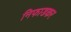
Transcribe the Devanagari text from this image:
निफाडकर